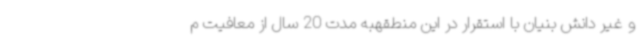
و غیر دانش بنیان با استقرار در این منطقهبه مدت 20 سال از معافیت م